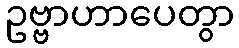
ဥဗ္ဗာဟာပေတွာ